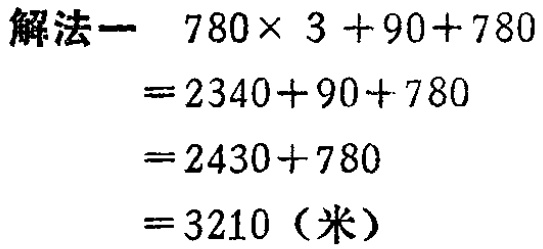
\[
\begin{align*}
&780\times 3 + 90 + 780\\
=&2340 + 90+780\\
=&2430 + 780\\
=&3210 \text{（米）}
\end{align*}
\]